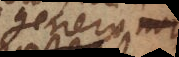
genera non